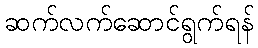
ဆက်လက်ဆောင်ရွက်ရန်